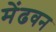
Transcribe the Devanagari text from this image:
मेंढवन